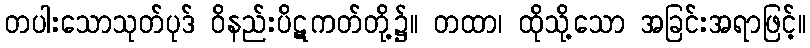
တပါးသောသုတ်ပုဒ် ဝိနည်းပိဋကတ်တို့၌။ တထာ၊ ထိုသို့သော အခြင်းအရာဖြင့်။